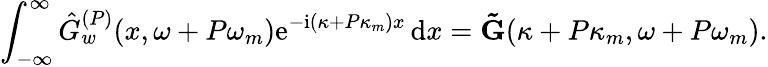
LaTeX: \int_{-\infty}^{\infty}\hat{G}_{w}^{(P)}(x,\omega+P\omega_{m})\mathrm{e}^{-\mathrm{i}(\kappa+P\kappa_{m})x}\, \mathrm{d}x=\mathbf{\tilde{G}}(\kappa+P\kappa_{m},\omega+P\omega_{m}).